Indian journal of veterinary science and animal husbandry - Volume 6,
Year: 1936
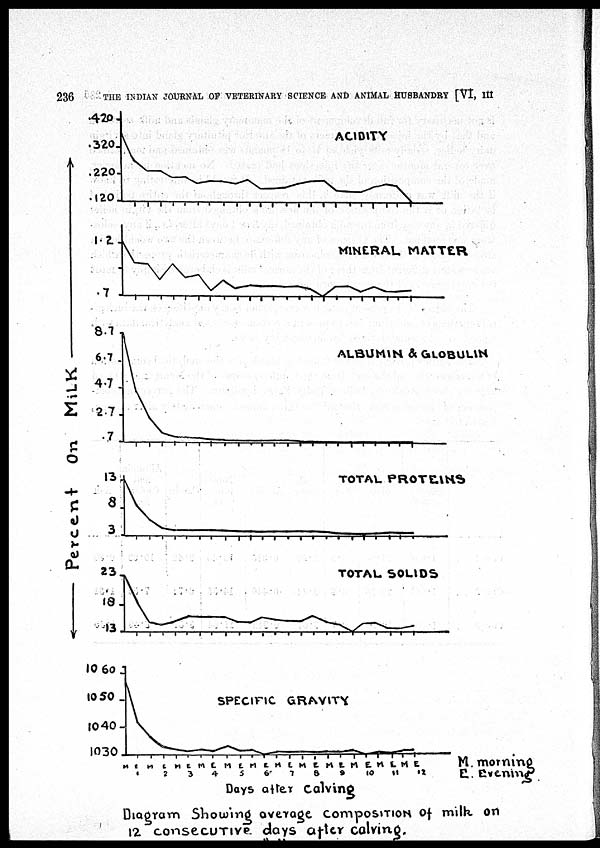
236
THE INDIAN JOURNAL OF VETERINARY SCIENCE AND ANIMAL HUSBANDRY [VI, III